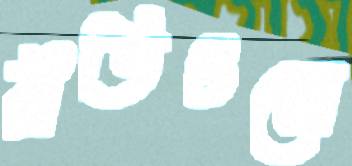
রীতিগুলো